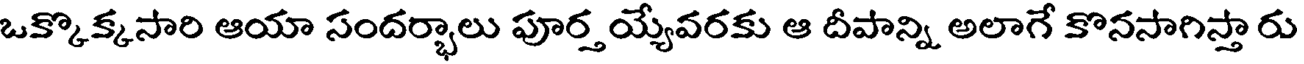
ఒక్కొక్కసారి ఆయా సందర్భాలు పూర్త య్యేవరకు ఆ దీపాన్ని అలాగే కొనసాగిస్తా రు